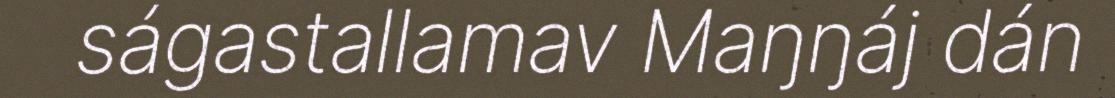
ságastallamav Maŋŋáj dán